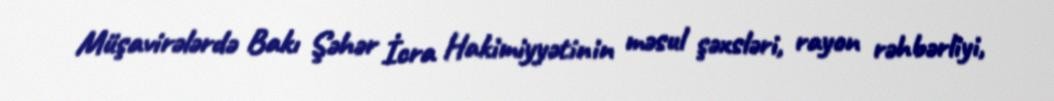
Müşavirələrdə Bakı Şəhər İcra Hakimiyyətinin məsul şəxsləri, rayon rəhbərliyi,